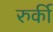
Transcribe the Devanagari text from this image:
रुर्की